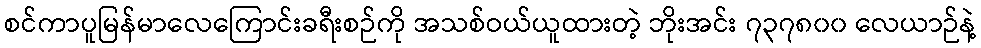
စင်ကာပူမြန်မာလေကြောင်းခရီးစဉ်ကို အသစ်ဝယ်ယူထားတဲ့ ဘိုးအင်း ၇၃၇၈၀၀ လေယာဉ်နဲ့